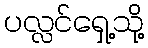
ပလ္လင်ရှေ့သို့